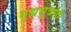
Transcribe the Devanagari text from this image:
गृह्यसूत्रांत